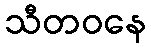
သီတဝနေ